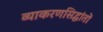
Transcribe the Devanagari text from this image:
व्याकरणसिद्धांतों